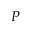
P